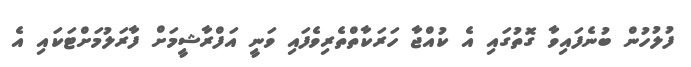
ފުލުހުން ބުނެފައިވާ ގޮތުގައި އެ ކުއްޖާ ހަރަކާތްތެރިވެފައި ވަނީ އަފްރާޝީމަށް ފާރަލުމަށްޓަކައި އެ